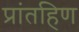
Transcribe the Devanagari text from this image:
प्रांतहिण